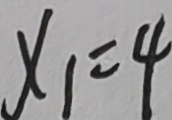
x _ { 1 } = 4